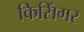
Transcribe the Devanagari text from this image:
किसिंगर